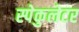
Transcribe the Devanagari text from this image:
स्पेकुलेटर